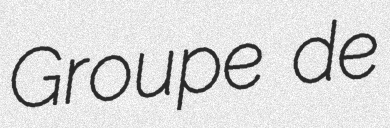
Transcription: Groupe de